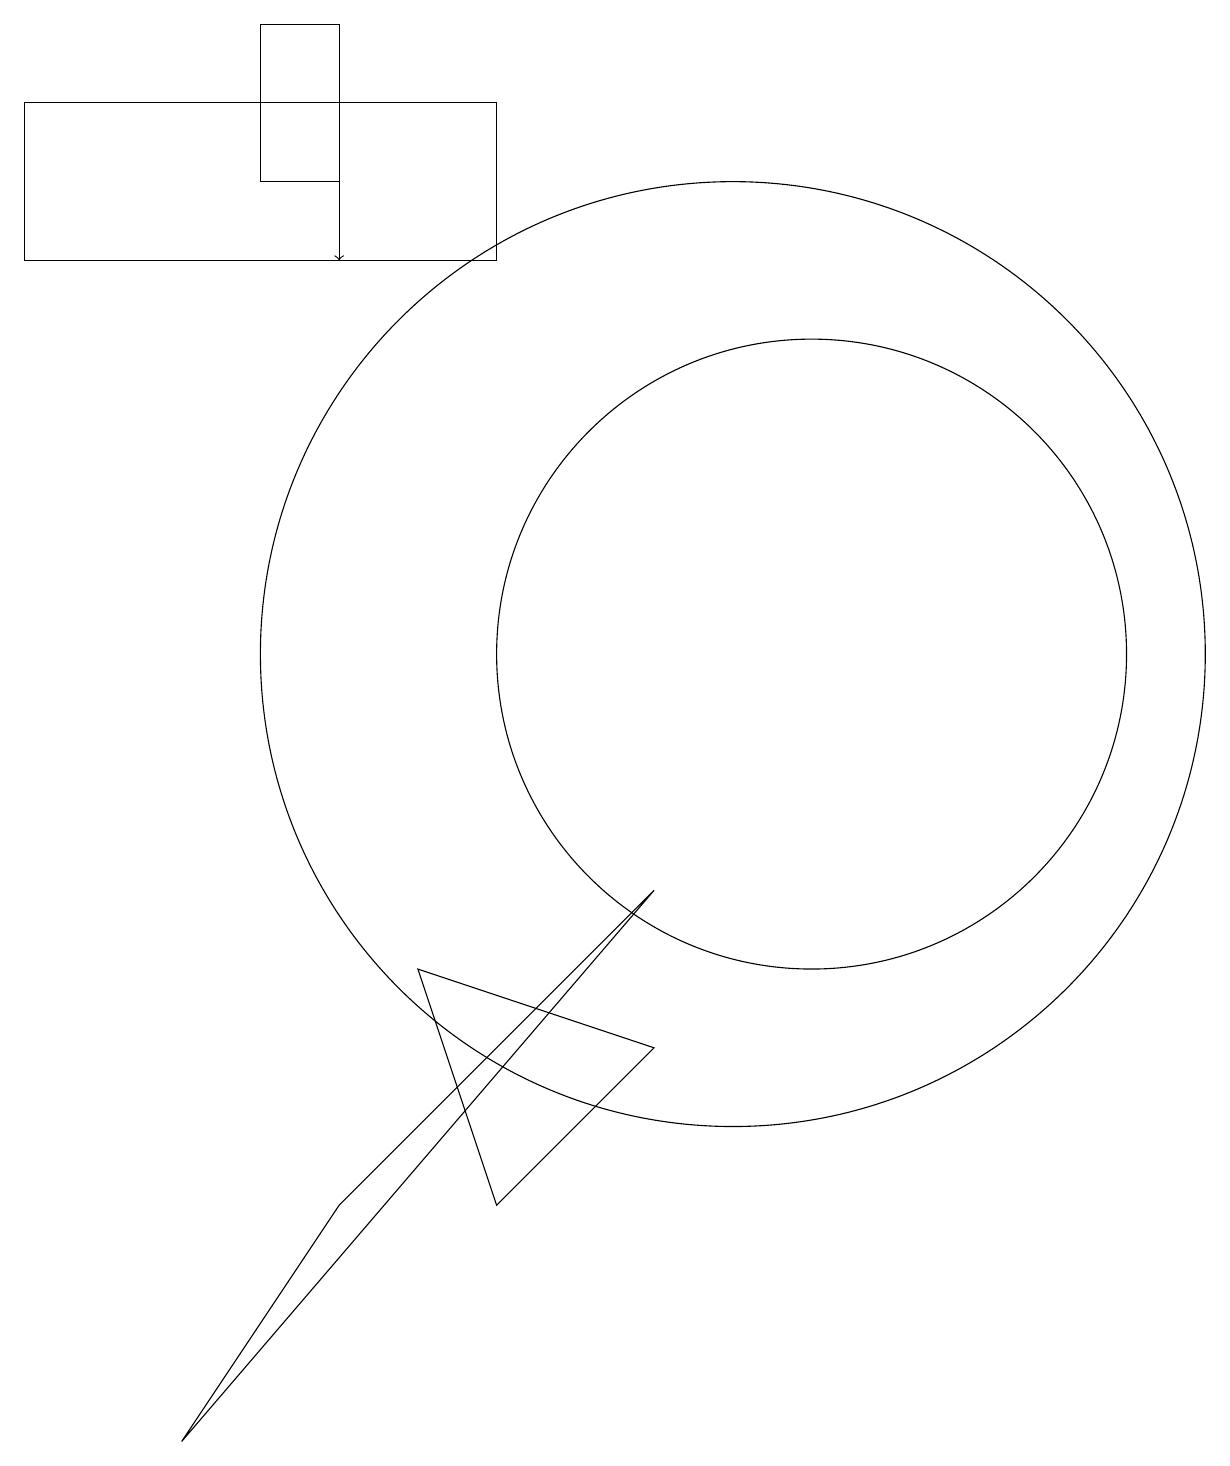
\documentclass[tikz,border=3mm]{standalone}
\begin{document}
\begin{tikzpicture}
\draw (5,3) -- (3,0) -- (9,7) -- cycle;
\draw[->] (5,17) -- (5,15);
\draw (1,15) rectangle (7,17);
\draw (7,3) -- (9,5) -- (6,6) -- cycle;
\draw (11,10) circle (4);
\draw (5,18) rectangle (4,16);
\draw (10,10) circle (6);
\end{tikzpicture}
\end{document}